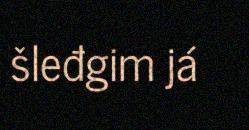
šleđgim já